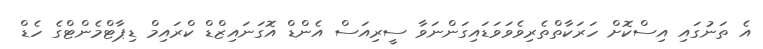
އެ ތަނުގައި އިސްކޮށް ހަރަކާތްތެރިވެވަވަޑައިގަންނަވާ ސީރިއަސް އެންޑް އޮގަނައިޒްޑް ކްރައިމް ޑިޕާޓްމެންޓްގެ ހެޑް